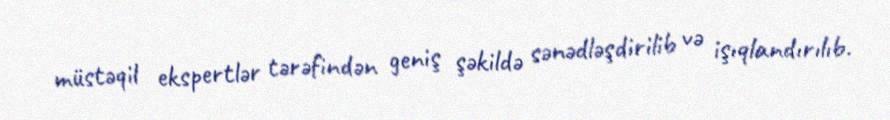
müstəqil ekspertlər tərəfindən geniş şəkildə sənədləşdirilib və işıqlandırılıb.